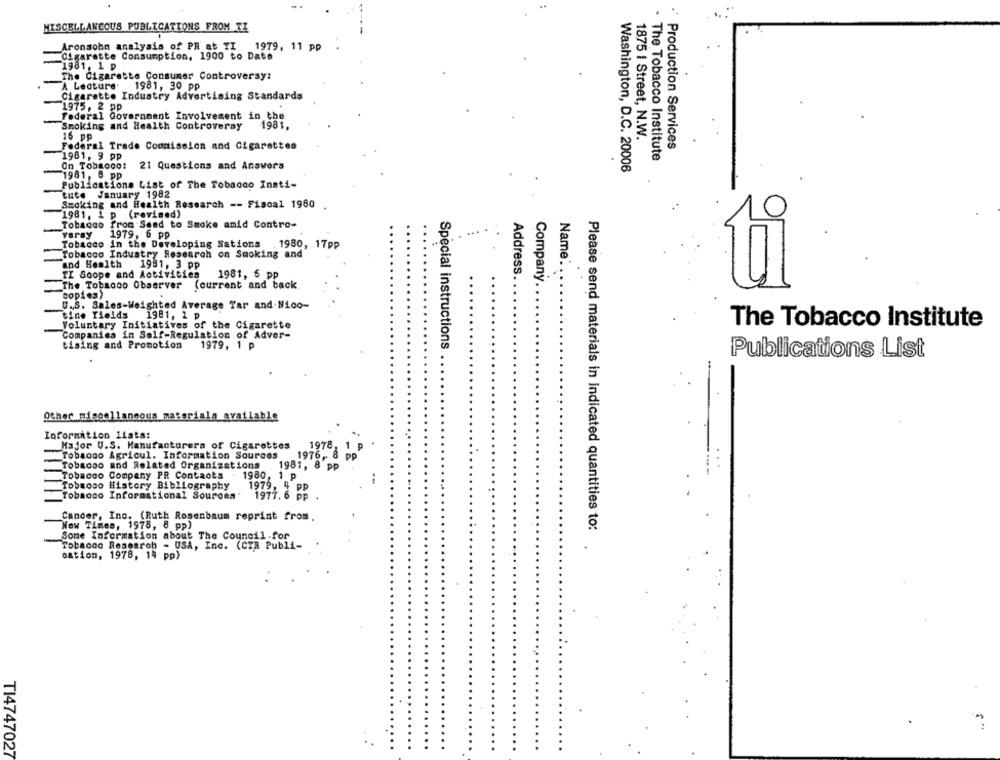
MISCELLANEOUS PUBLICATIONS FROM TI
Aronsohn analysis of PR at TI 1979, 11 pp
Cigarette Consumption, 1900 to Date
1981, 1 p
The Cigarette Consumer Controversy:
A Lecture
1981, 30 pp
Cigarette Industry Advertising Standards
1975, 2 pp
Federal Government Involvement in the
Smoking and Health Controversy
1981,
16 pp
1875 I Street, N.W.
Production Services
Federal Trade Commission and Cigarettes
1981, 9 pp
. The Tobacco Institute
On Tobacco: 21 Questions and Answers
1981, 8 pp
Washington, D.C. 20006
Publications List of The Tobacco Insti-
tute January 1982
Smoking and Health Research -- Fiscal 1980 .
1981. 1 p (revised)
Tobacco from Sand to Smoke amid Contro-
veray
1979, 6 pp
Tobacco in the Developing Nations
. 1980, 17pp
Tobacco Industry Research on Smoking and
and Health
1981, 3 PP
Name:
TI Soope and Activities
1981, 6 pp
Address
Company.
The Tobacco Observer
(current and back
hi
copies)
U.S. Sales-Weighted Average Tar and Nico-
tine Tields
1981, 2 ₽
Voluntary Initiatives of the Cigarette
The Tobacco Institute
Companies in Self-Regulation of Adver-
tising and Promotion
1979, 1 p
Special instructions
Publications List
Other miscellaneous materials available
Information lists:
Major U.S. Manufacturers of Cigarettes
1978, 1 p
.
Tobaogo Agricul. Information Sources
1976, 8 pp
Tobadoo and Related Organizations
1981, 8 pp
Tobacco Company PR Contacts
1980, 1 p
Tobacco History Bibliography
1979, 4 pp
Tobaono Informational Sources'
1977. 6 pp .
Cancer, Ino. (Ruth Rosenbaum reprint from.
New Times, 1978, 8 pp)
Please send materials in indicated quantities to:
Some Information about The Council.for
Tobacco Researob - USA, Inc. (CIA Publi-
cation, 1978, 14 pp)
TI4747027